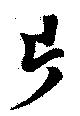
片